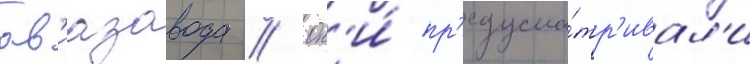
ав'иазавода // Он'и́ пр'едусма́тр'ивал'и